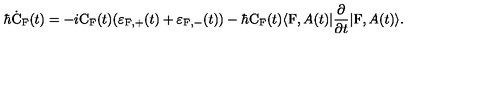
\hbar \dot { \mathrm { C } } _ { \mathrm { F } } ( t ) = - i \mathrm { C } _ { \mathrm { F } } ( t ) ( \varepsilon _ { \mathrm { F } , + } ( t ) + \varepsilon _ { \mathrm { F } , - } ( t ) ) - \hbar \mathrm { C } _ { \mathrm { F } } ( t ) \langle \mathrm { F } , A ( t ) | \frac { \partial } { \partial t } | \mathrm { F } , A ( t ) \rangle .